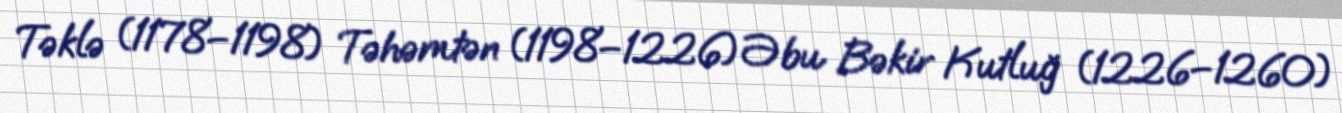
Təklə (1178–1198) Təhəmtən (1198–1226) Əbu Bəkir Kutluğ (1226–1260)